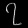
Digit: ၇